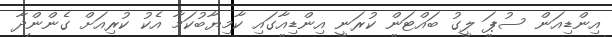
އިންޑިއަން ސުޕަ ލީގު ބައްޓަން ކުރަނީ އިންޑިއާގައި ކާމިޔާބުކަމާ އެކު ކުރިއަށް ގެންންދާ